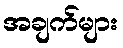
အချက်များ